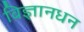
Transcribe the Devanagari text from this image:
विज्ञानधन